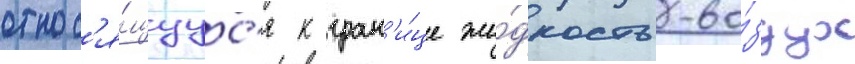
относ'я́щуус'я к гран'и́це жи́дкость-во́здух